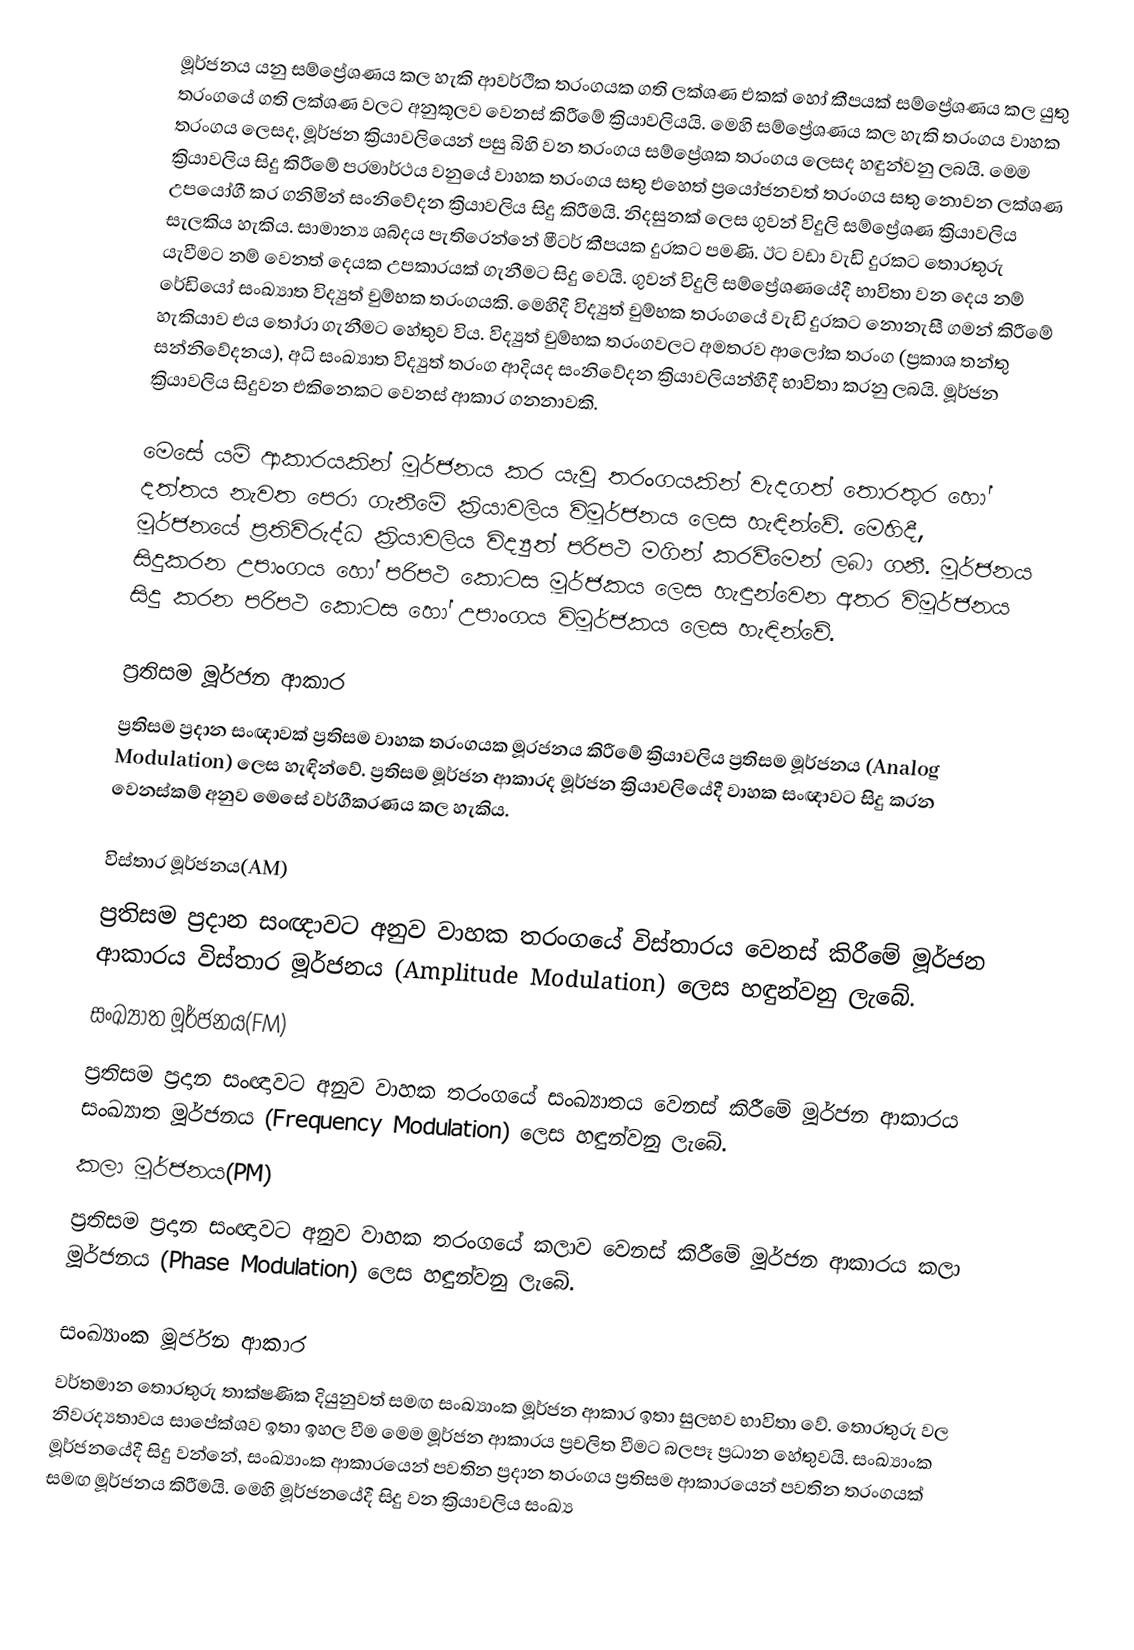
මූර්ජනය යනු සම්ප්‍රේශණය කල හැකි ආවර්ථික තරංගයක ගති ලක්ශණ එකක් හෝ කීපයක් සම්ප්‍රේශණය කල යුතු තරංගයේ ගති ලක්ශණ වලට අනුකූලව වෙනස් කිරීමේ ක්‍රියාවලියයි. මෙහි සම්ප්‍රේශණය කල හැකි තරංගය වාහක තරංගය ලෙසද, මූර්ජන ක්‍රියාවලියෙන් පසු බිහි වන තරංගය සම්ප්‍රේශක තරංගය ලෙසද හඳුන්වනු ලබයි. මෙම ක්‍රියාවලිය සිදු කිරීමේ පරමාර්ථය වනුයේ වාහක තරංගය සතු එහෙත් ප්‍රයෝජනවත් තරංගය සතු නොවන ලක්ශණ උපයෝගී කර ගනිමින් සංනිවේදන ක්‍රියාවලිය සිදු කිරීමයි. නිදසුනක් ලෙස ගුවන් විදුලි සම්ප්‍රේශණ ක්‍රියාවලිය සැලකිය හැකිය. සාමාන්‍ය ශබ්දය පැතිරෙන්නේ මීටර් කීපයක දුරකට පමණි. ඊට වඩා වැඩි දුරකට තොරතුරු යැවීමට නම් වෙනත් දෙයක උපකාරයක් ගැනීමට සිදු වෙයි. ගුවන් විදුලි සම්ප්‍රේශණයේදී භාවිතා වන දෙය නම් රේඩියෝ සංඛ්‍යාත විද්‍යුත් චුම්භක තරංගයකි. මෙහිදී විද්‍යුත් චුම්භක තරංගයේ වැඩි දුරකට නොනැසී ගමන් කිරීමේ හැකියාව එය ‍තෝරා ගැනීමට හේතුව විය. විද්‍යුත් චුම්භක තරංගවලට අමතරව ආලෝක තරංග (ප්‍රකාශ තන්තු සන්නිවේදනය), අධි සංඛ්‍යාත විද්‍යුත් තරංග ආදියද සංනිවේදන ක්‍රියාවලියන්හීදී භාවිතා කරනු ලබයි. මූර්ජන ක්‍රියාවලිය සිදුවන එකිනෙකට වෙනස් ආකාර ගනනාවකි.

මෙසේ යම් ආකාරයකින් මූර්ජනය කර යැවූ තරංගයකින් වැදගත් තොරතුර හෝ දත්තය නැවත පෙරා ගැනීමේ ක්‍රියාවලිය විමූර්ජනය ලෙස හැඳින්වේ. මෙහිදී, මූර්ජනයේ ප්‍රතිවිරුද්ධ ක්‍රියාවලිය විද්‍යුත් පරිපථ මගින් කරවීමෙන් ලබා ගනී. මූර්ජනය සිදුකරන උපාංගය හෝ පරිපථ කොටස මූර්ජකය ලෙස හැඳුන්වෙන අතර විමූර්ජනය සිදු කරන පරිපථ කොටස හෝ උපාංගය විමූර්ජකය ලෙස හැඳින්වේ.

ප්‍රතිසම මූර්ජන ආකාර
ප්‍රතිසම ප්‍රදාන සංඥාවක් ප්‍රතිසම වාහක තරංගයක මූරජනය කිරීමේ ක්‍රියාවලිය ප්‍රතිසම මූර්ජනය (Analog Modulation) ලෙස හැඳින්වේ. ප්‍රතිසම මූර්ජන ආකාරද මූර්ජන ක්‍රියාවලියේදී වාහක සංඥාවට සිදු කරන වෙනස්කම් අනුව මෙසේ වර්ගීකරණය කල හැකිය.

විස්තාර මූර්ජනය(AM)
ප්‍රතිසම ප්‍රදාන සංඥාවට අනුව වාහක තරංගයේ විස්තාරය වෙනස් කිරීමේ මූර්ජන ආකාරය විස්තාර මූර්ජනය (Amplitude Modulation) ලෙස හඳුන්වනු ලැබේ.
සංඛ්‍යාත මූර්ජනය(FM)
ප්‍රතිසම ප්‍රදාන සංඥාවට අනුව වාහක තරංගයේ සංඛ්‍යාතය වෙනස් කිරීමේ මූර්ජන ආකාරය සංඛ්‍යාත මූර්ජනය (Frequency Modulation) ලෙස හඳුන්වනු ලැබේ.
කලා මූර්ජනය(PM)
ප්‍රතිසම ප්‍රදාන සංඥාවට අනුව වාහක තරංගයේ කලාව වෙනස් කිරීමේ මූර්ජන ආකාරය කලා මූර්ජනය (Phase Modulation) ලෙස හඳුන්වනු ලැබේ.

සංඛ්‍යාංක මූර්ජන ආකාර
වර්තමාන තොරතුරු තාක්ෂණික දියුනුවත් සමඟ සංඛ්‍යාංක මූර්ජන ආකාර ඉතා සුලභව භාවිතා වේ. තොරතුරු වල නිවරද්‍යතාවය සාපේක්ශව ඉතා ඉහල වීම මෙම මූර්ජන ආකාරය ප්‍රචලිත වීමට බලපෑ ප්‍රධාන හේතුවයි. සංඛ්‍යාංක මූර්ජනයේදී සිදු වන්නේ, සංඛ්‍යාංක ආකාරයෙන් පවතින ප්‍රදාන තරංගය ප්‍රතිසම ආකාරයෙන් පවතින තරංගයක් සමඟ මූර්ජනය කිරීමයි. මෙහි මූර්ජනයේදී සිදු වන ක්‍රියාවලිය සංඛ්‍ය